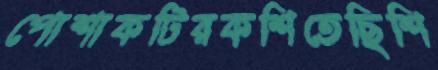
পোশাকটিরকশিতেছিশি